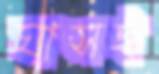
ঘাসই